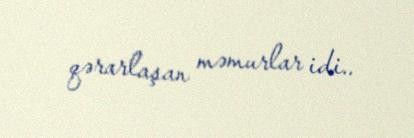
qərarlaşan məmurlar idi..